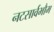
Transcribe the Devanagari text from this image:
नटसार्वभौम